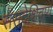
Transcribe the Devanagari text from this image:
संसदेशिवाय